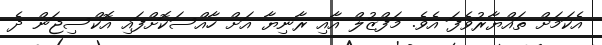
އެކަމަށް ތައްޔާރުވެފަ އެވެ. މަފްޒުލް އާއި ރާނިޔާ އަށް ހާއްސަކޮށްފައި އޮކްސިޖަން ދެ